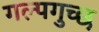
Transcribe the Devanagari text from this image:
गल्पगुच्छ